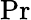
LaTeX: \mathrm{Pr}